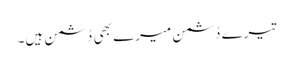
تیرے دُشمن میرے بھی دُشمن ہیں۔